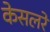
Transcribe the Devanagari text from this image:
केसलरे